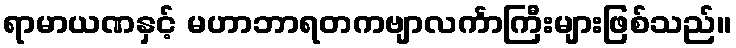
ရာမာယဏနှင့် မဟာဘာရတကဗျာလင်္ကာကြီးများဖြစ်သည်။